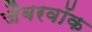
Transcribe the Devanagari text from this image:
जैबरवॉक